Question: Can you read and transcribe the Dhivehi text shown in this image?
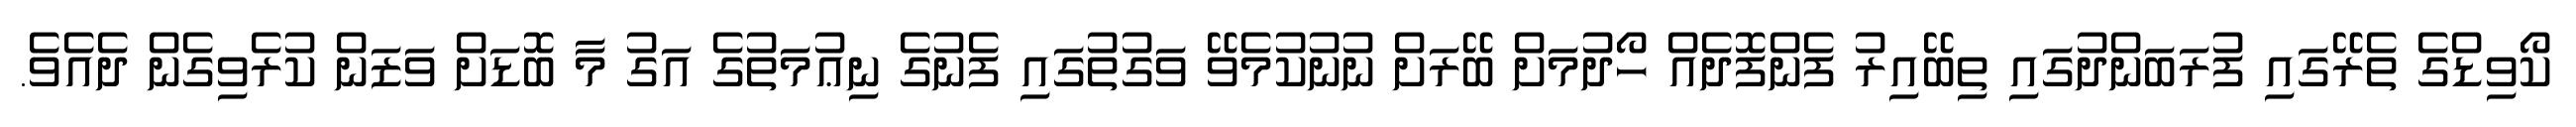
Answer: ކޯވިޑްގެ ތެރޭގައި ފުރަބަންދުގައި ތިބޭއިރު ފެންފޮދެއް ހޯދުމަށް ބޭރަށް ނުނުކުމެވޭ ވަގުތުގައި ފެނުގެ ނިޢުމަތުގެ އަގު މާ ބޮޑަށް ވަޒަން ކުރެވިގެން ދެއެވެ.